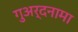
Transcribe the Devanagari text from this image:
गुअर्दनामा